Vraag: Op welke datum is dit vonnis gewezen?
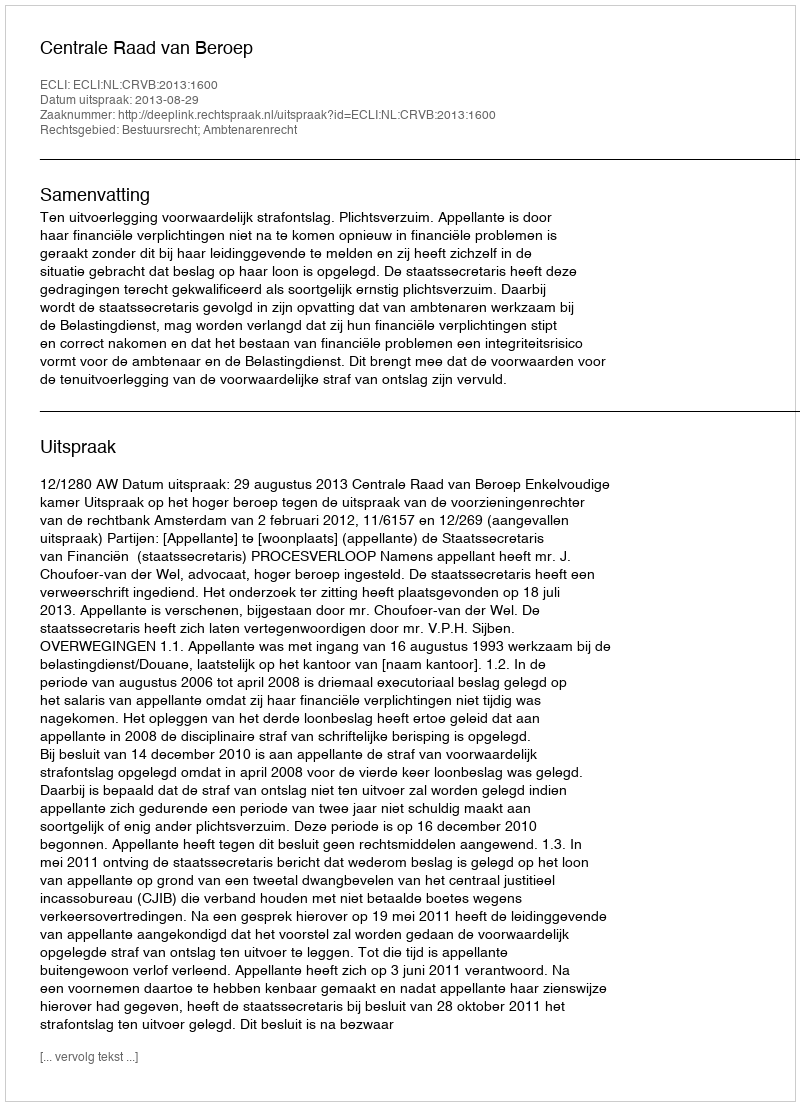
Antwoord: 2013-08-29